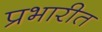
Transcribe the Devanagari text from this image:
प्रभारीत